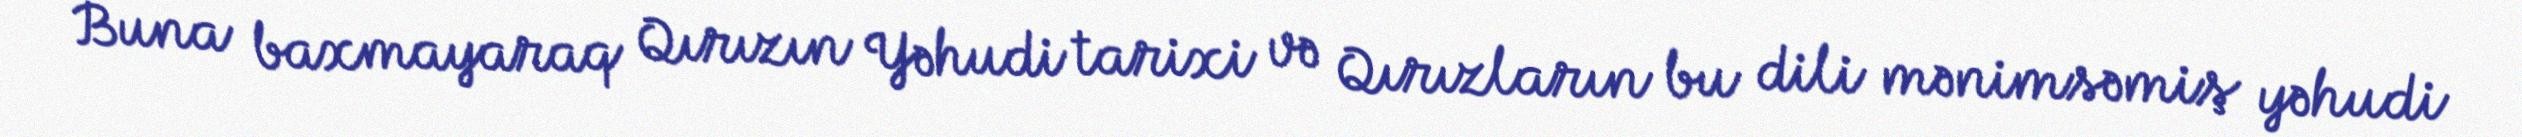
Buna baxmayaraq Qırızın Yəhudi tarixi və Qırızların bu dili mənimsəmiş yəhudi